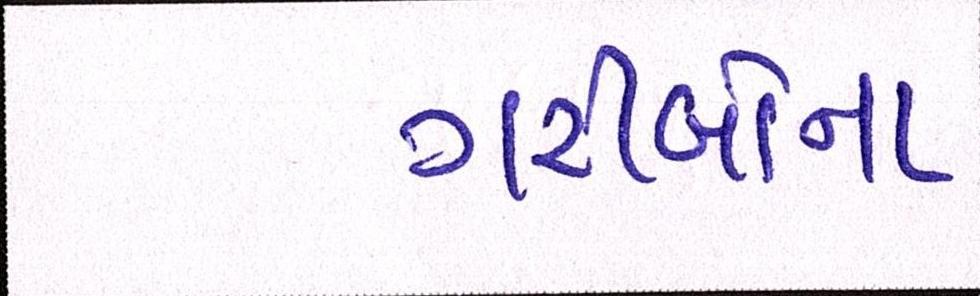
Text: ગરીબોના